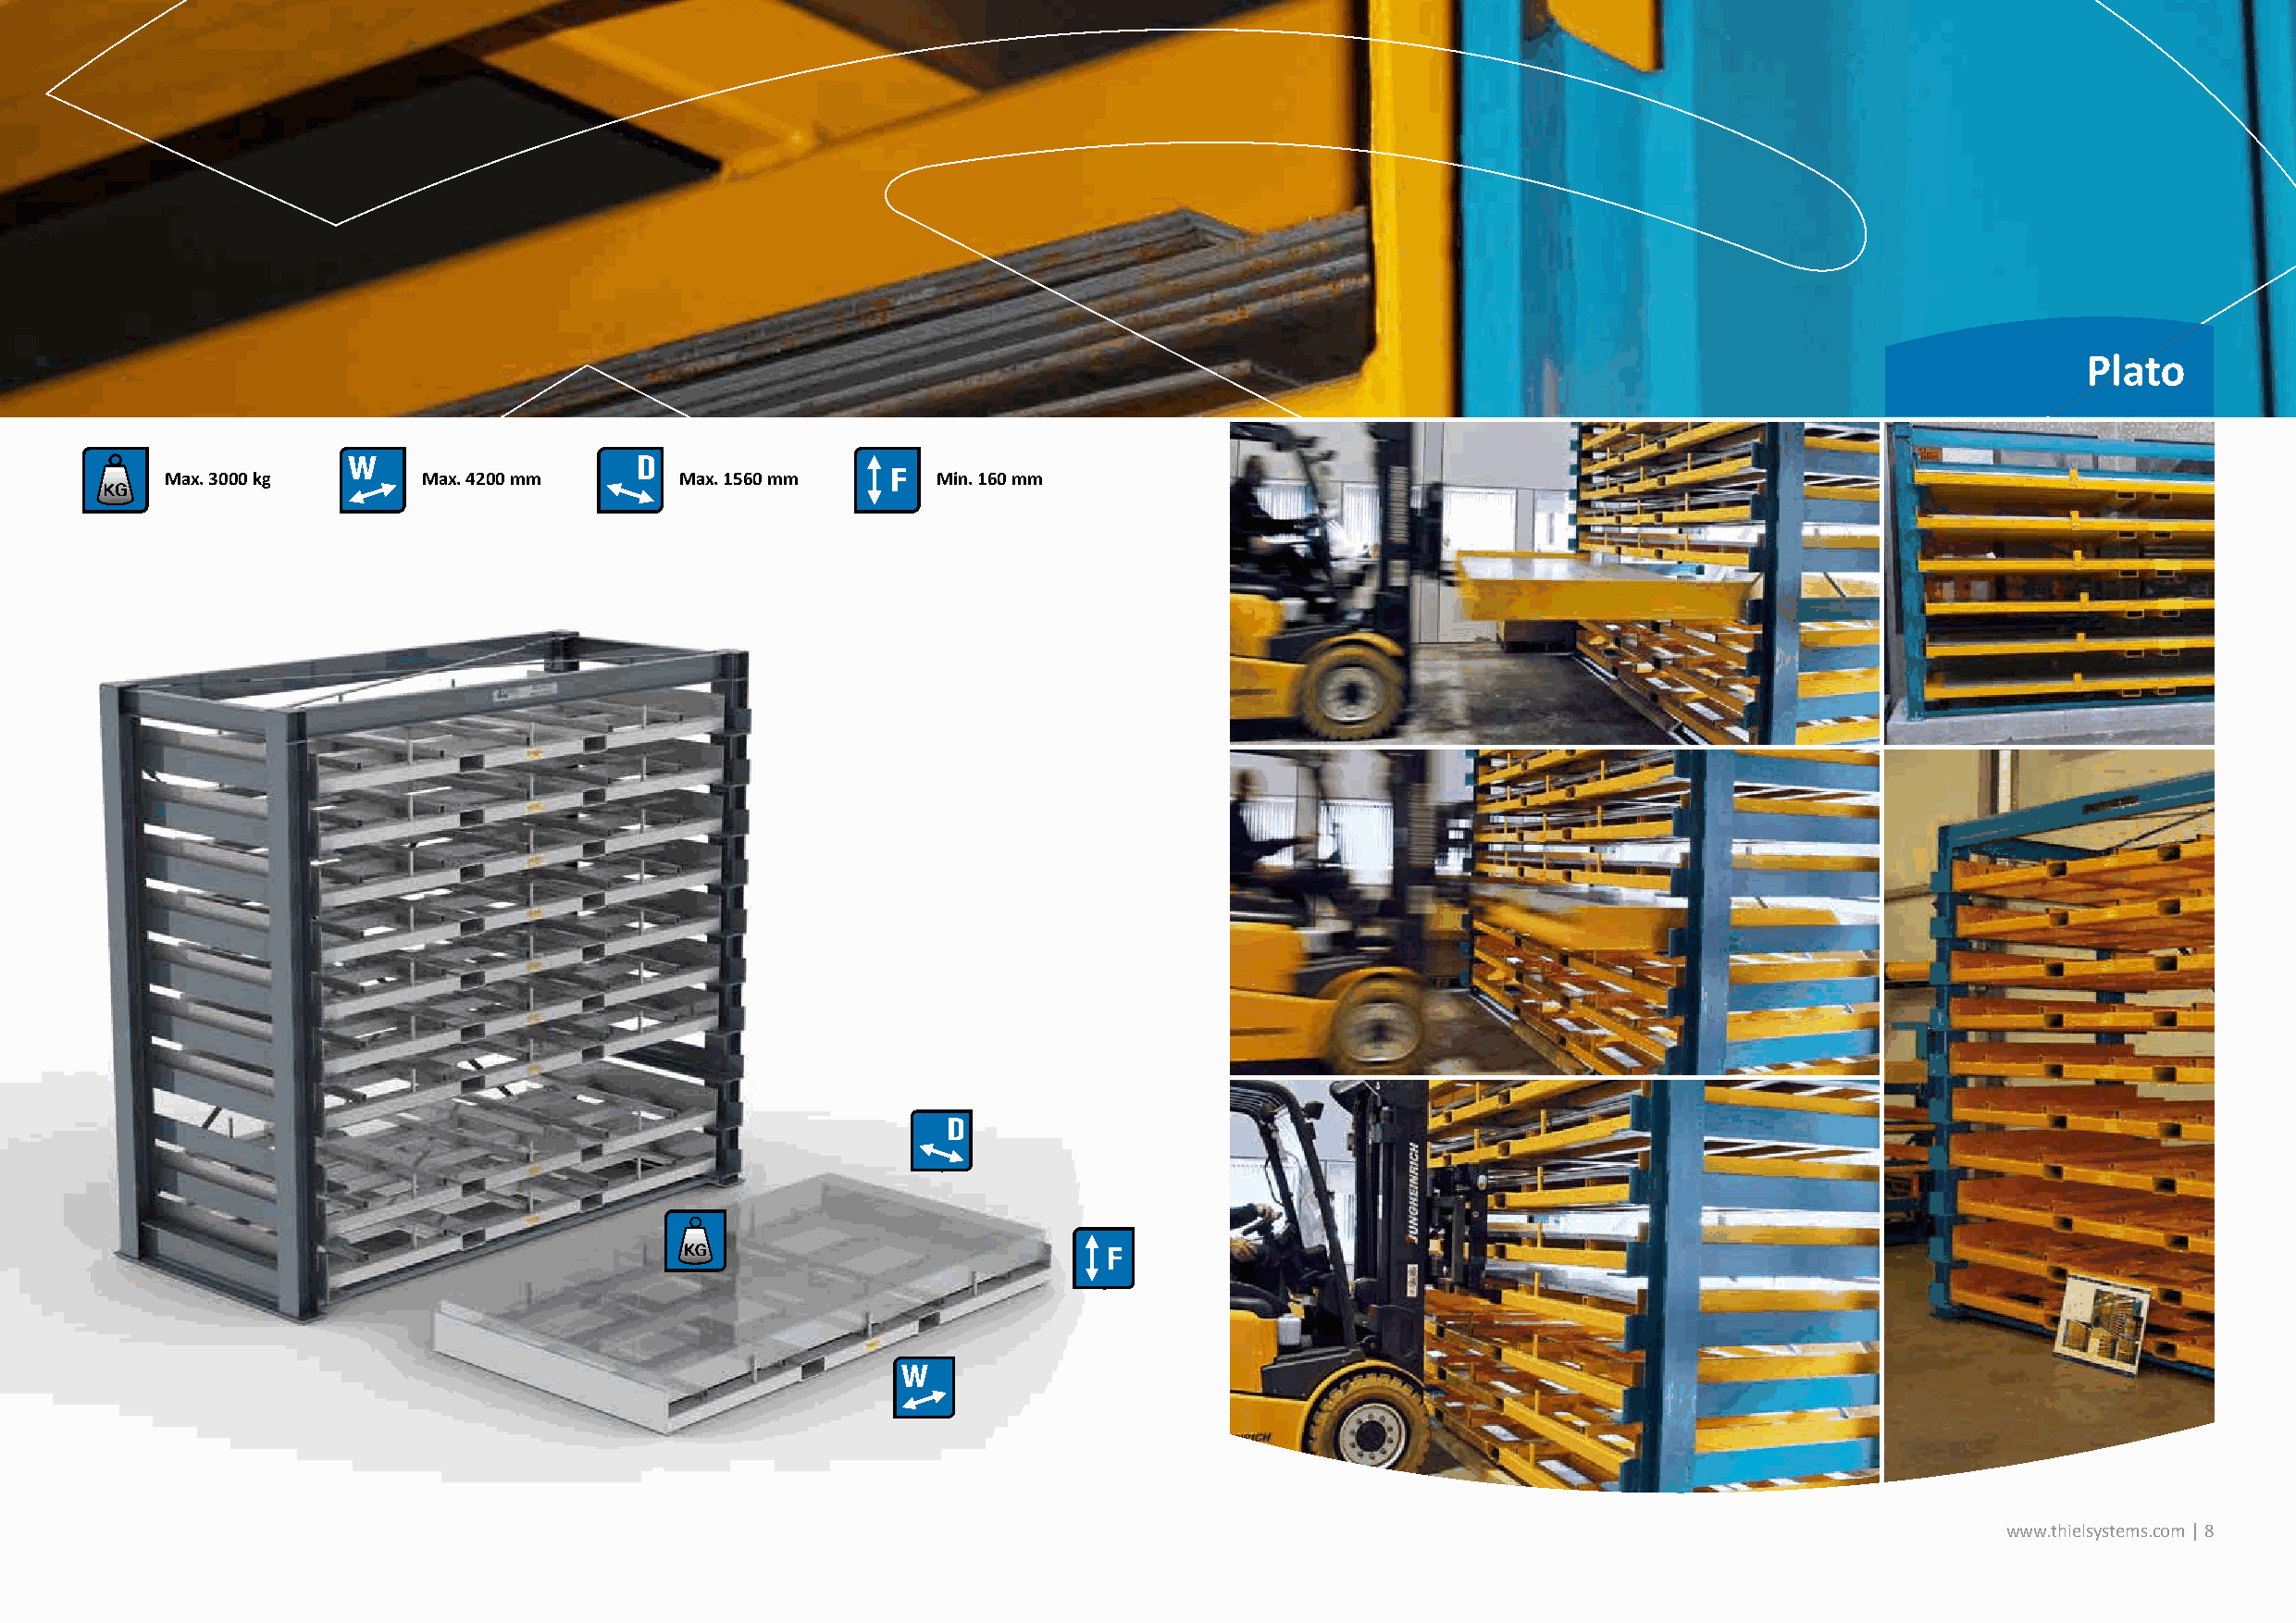
Plato
 Max. 3000 kg      Max. 4200 mm       Max. 1560 mm      Min. 160 mm
 www.thielsystems.com | 8